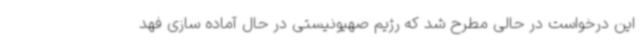
این درخواست در حالی مطرح شد که رژیم صهیونیستی در حال آماده سازی فهد